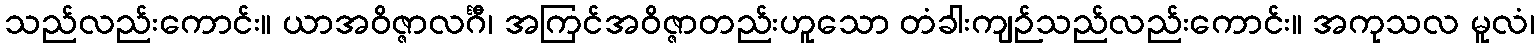
သည်လည်းကောင်း။ ယာအဝိဇ္ဇာလင်္ဂီ၊ အကြင်အဝိဇ္ဇာတည်းဟူသော တံခါးကျဉ်သည်လည်းကောင်း။ အကုသလ မူလံ၊